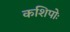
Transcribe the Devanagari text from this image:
कशिपोः